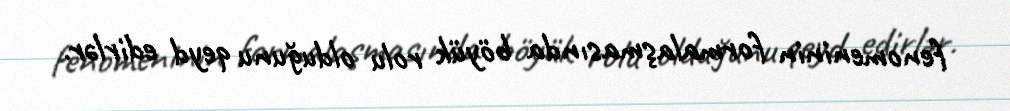
fenomeninin formalaşmasında böyük rolu olduğunu qeyd edirlər.